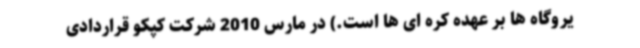
یروگاه ها بر عهده کره ای ها است.) در مارس 2010 شرکت کپکو قراردادی